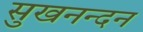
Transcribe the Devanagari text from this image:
सुखनन्दन